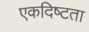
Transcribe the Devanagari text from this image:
एकदिष्‍टता